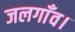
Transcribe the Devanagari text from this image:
जलगाँव।